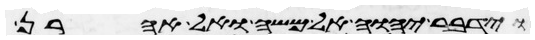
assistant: וידבר יהוה אל משה ואל אהרן